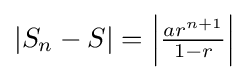
{\textstyle |S_{n}-S|=\left|{\frac {ar^{n+1}}{1-r}}\right|}